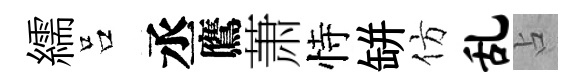
繻吕丞鷹萧恃缾仿乱占